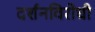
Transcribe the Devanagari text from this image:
दर्शनविरोधी